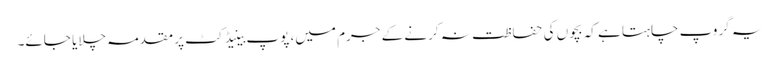
یہ گروپ چاہتا ہے کہ بچوں کی حفاظت نہ کرنے کے جرم میں، پوپ بینیڈکٹ پر مقدمہ چلایا جائے۔